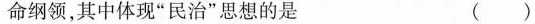
命纲领，其中体现”民治”思想的是 ()